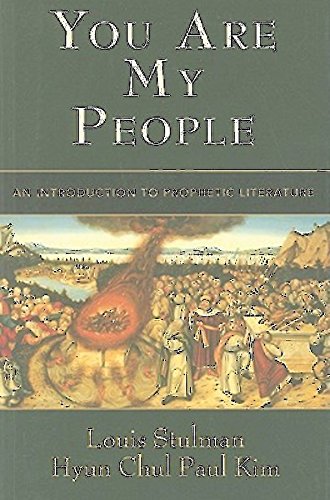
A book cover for You Are My People: An Introduction to Prophetic Literature; Louis Stulman; Christian Books & Bibles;